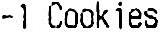
-1 COOKIES